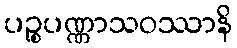
ပဉ္စပဏ္ဏာသဝဿာနိ